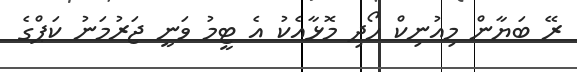
ރޭ ބަޔާން މިއުނިކް ހޯދި މޮޅާއެކު އެ ޓީމު ވަނީ ޖަރުމަނު ކަޕްގެ